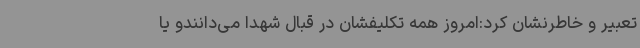
تعبیر و خاطرنشان کرد:امروز همه تکلیفشان در قبال شهدا می‌دانندو یا